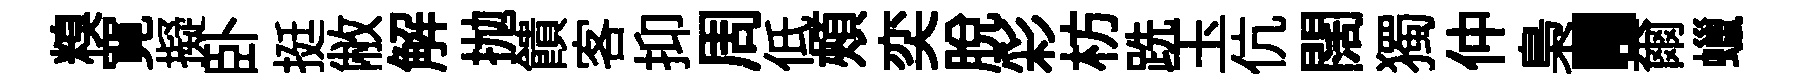
糗寛擬卧挺敝解抛饋客抑周低頰奕脫彩枋跣玉伉闊獨仲梟·爾蠟